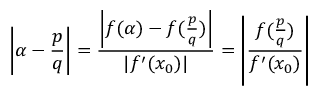
\left| \alpha - { \frac { p } { q } } \right| = { \frac { \left| f ( \alpha ) - f ( { \frac { p } { q } } ) \right| } { | f ^ { \prime } ( x _ { 0 } ) | } } = \left| { \frac { f ( { \frac { p } { q } } ) } { f ^ { \prime } ( x _ { 0 } ) } } \right|